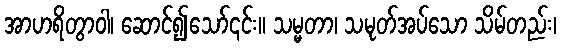
အာဟရိတွာဝါ၊ ဆောင်၍သော်၎င်း။ သမ္မတာ၊ သမုတ်အပ်သော သိမ်တည်း၊